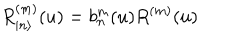
R _ { | n \rangle } ^ { ( m ) } ( u ) = b _ { n } ^ { m } ( u ) R ^ { ( m ) } ( u )